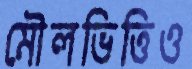
মৌলভিত্তিও